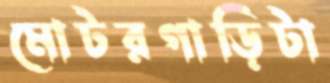
মোটরগাড়িটা